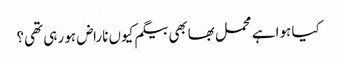
کیا ہوا ہے محمل بھابھی بیگم کیوں ناراض ہو رہی تھی؟